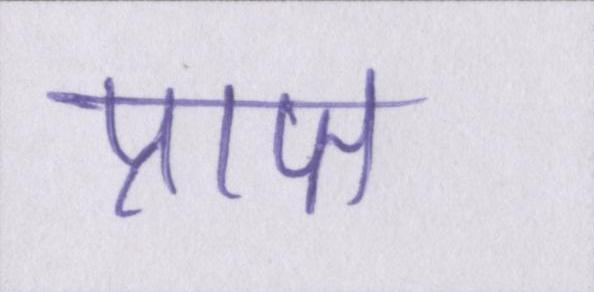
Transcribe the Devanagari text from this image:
प्राप्त